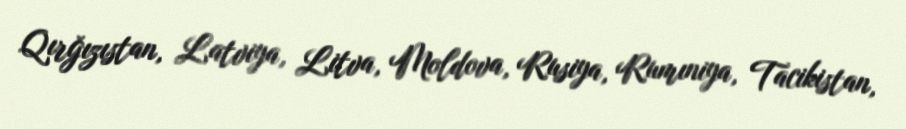
Qırğızıstan, Latviya, Litva, Moldova, Rusiya, Rumıniya, Tacikistan,